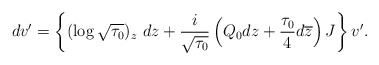
\begin{align*}dv'=\left\{(\log\sqrt{\tau_0})_z\ dz+\frac{i}{\sqrt{\tau_0}}\left(Q_0dz+\frac{\tau_0}{4}d\overline{z}\right)J\right\} v'.\end{align*}